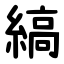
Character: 縞